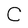
Character: C